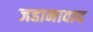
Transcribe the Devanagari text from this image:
जहानावाद